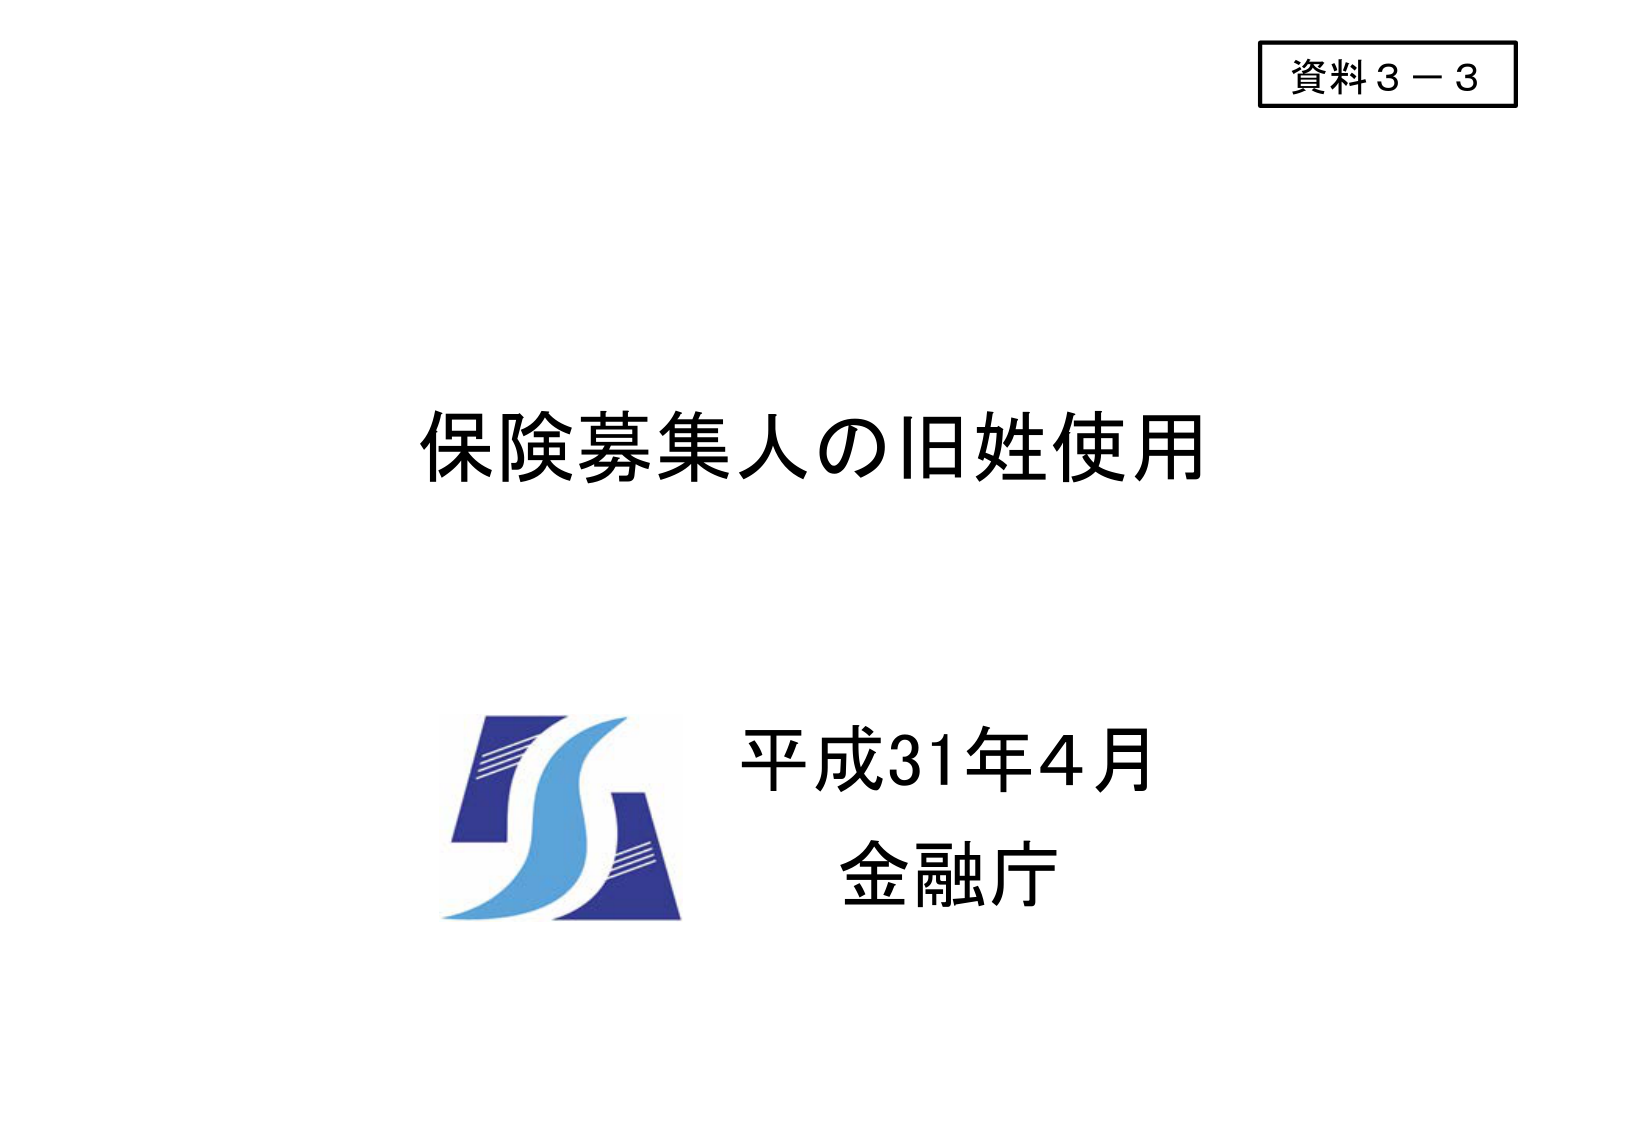
資料３－３

保険募集人の旧姓使用

平成31年4月
金融庁